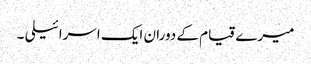
میرے قیام کے دوران ایک اسرائیلی ۔